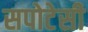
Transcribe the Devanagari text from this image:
सपोटेसी